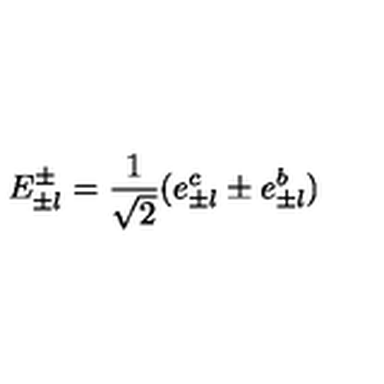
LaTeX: E _ { \pm l } ^ { \pm } = \frac { 1 } { \sqrt { 2 } } ( e _ { \pm l } ^ { c } \pm e _ { \pm l } ^ { b } )